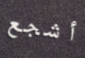
أشجع